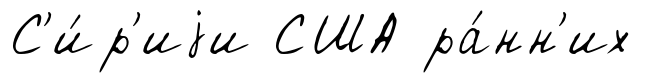
С'и́р'иjи США ра́нн'их